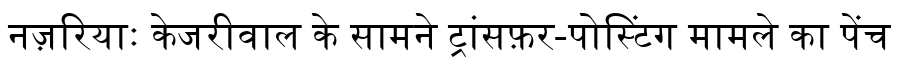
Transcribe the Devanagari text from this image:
नज़रियाः केजरीवाल के सामने ट्रांसफ़र-पोस्टिंग मामले का पेंच